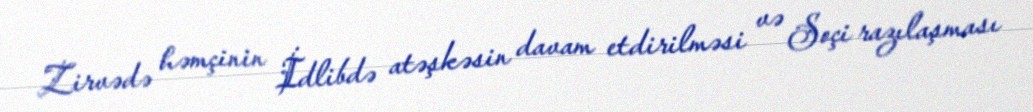
Zirvədə həmçinin İdlibdə atəşkəsin davam etdirilməsi və Soçi razılaşması